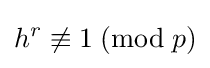
h^{r}\not \equiv 1\;({\text{mod}}\;p)